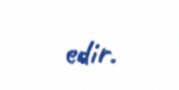
edir.